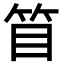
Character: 𥬥